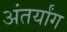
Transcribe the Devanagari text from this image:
अंतर्यांग